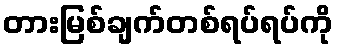
တားမြစ်ချက်တစ်ရပ်ရပ်ကို